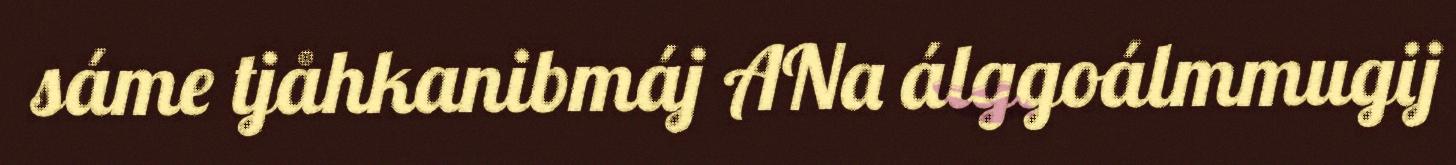
sáme tjåhkanibmáj ANa álggoálmmugij